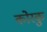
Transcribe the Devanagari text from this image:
कोरकु